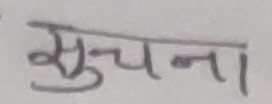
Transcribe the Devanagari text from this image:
सुचना